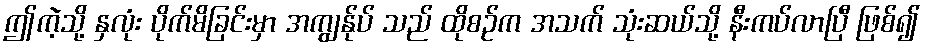
ဤကဲ့သို့ နှလုံး ပိုက်မိခြင်းမှာ အကျွန်ုပ် သည် ထိုစဉ်က အသက် သုံးဆယ်သို့ နီးကပ်လာပြီ ဖြစ်၍